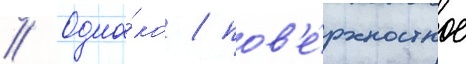
// Одна́ко / пов'е́рхностное